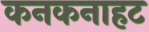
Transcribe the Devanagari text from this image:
कनकनाहट